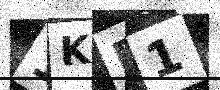
Text: 1KB1